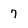
Character: 7